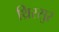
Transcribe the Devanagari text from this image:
थ्रिस्सुर